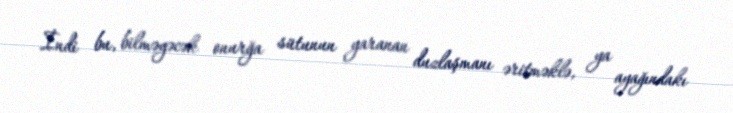
İndi bu, bilməyəcək onurğa sütunun yaranan duzlaşmanı əritməklə, ya ayağındakı